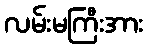
လမ်းမကြီးအား